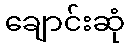
ချောင်းဆုံ